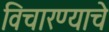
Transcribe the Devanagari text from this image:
विचारण्याचे